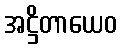
အဋ္ဌိတာယေဝ